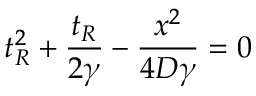
t _ { R } ^ { 2 } + \frac { t _ { R } } { 2 \gamma } - \frac { x ^ { 2 } } { 4 D \gamma } = 0